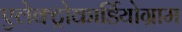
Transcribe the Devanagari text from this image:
एलेक्ट्रोकार्डियोग्राम